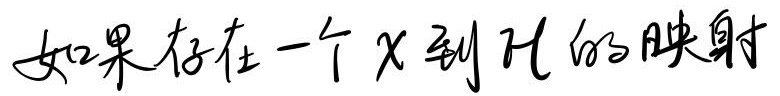
如果存在一个 \(X\) 到 \(\mathcal{H}\) 的映射